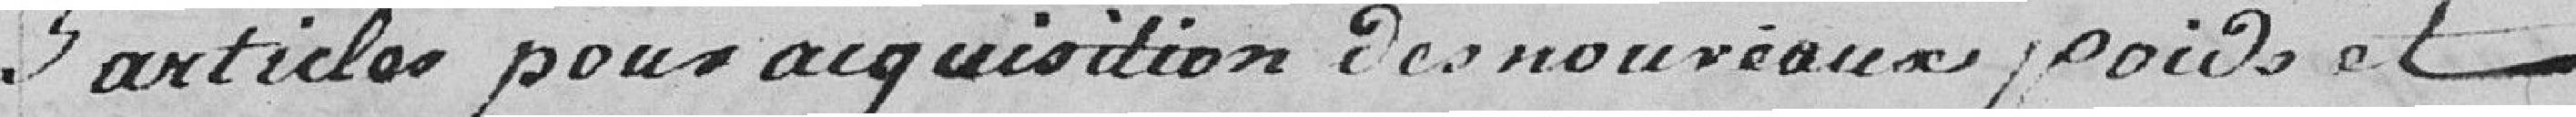
5 articles pour acquisition des nouveaux poids et